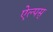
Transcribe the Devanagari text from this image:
ऐल्पस्